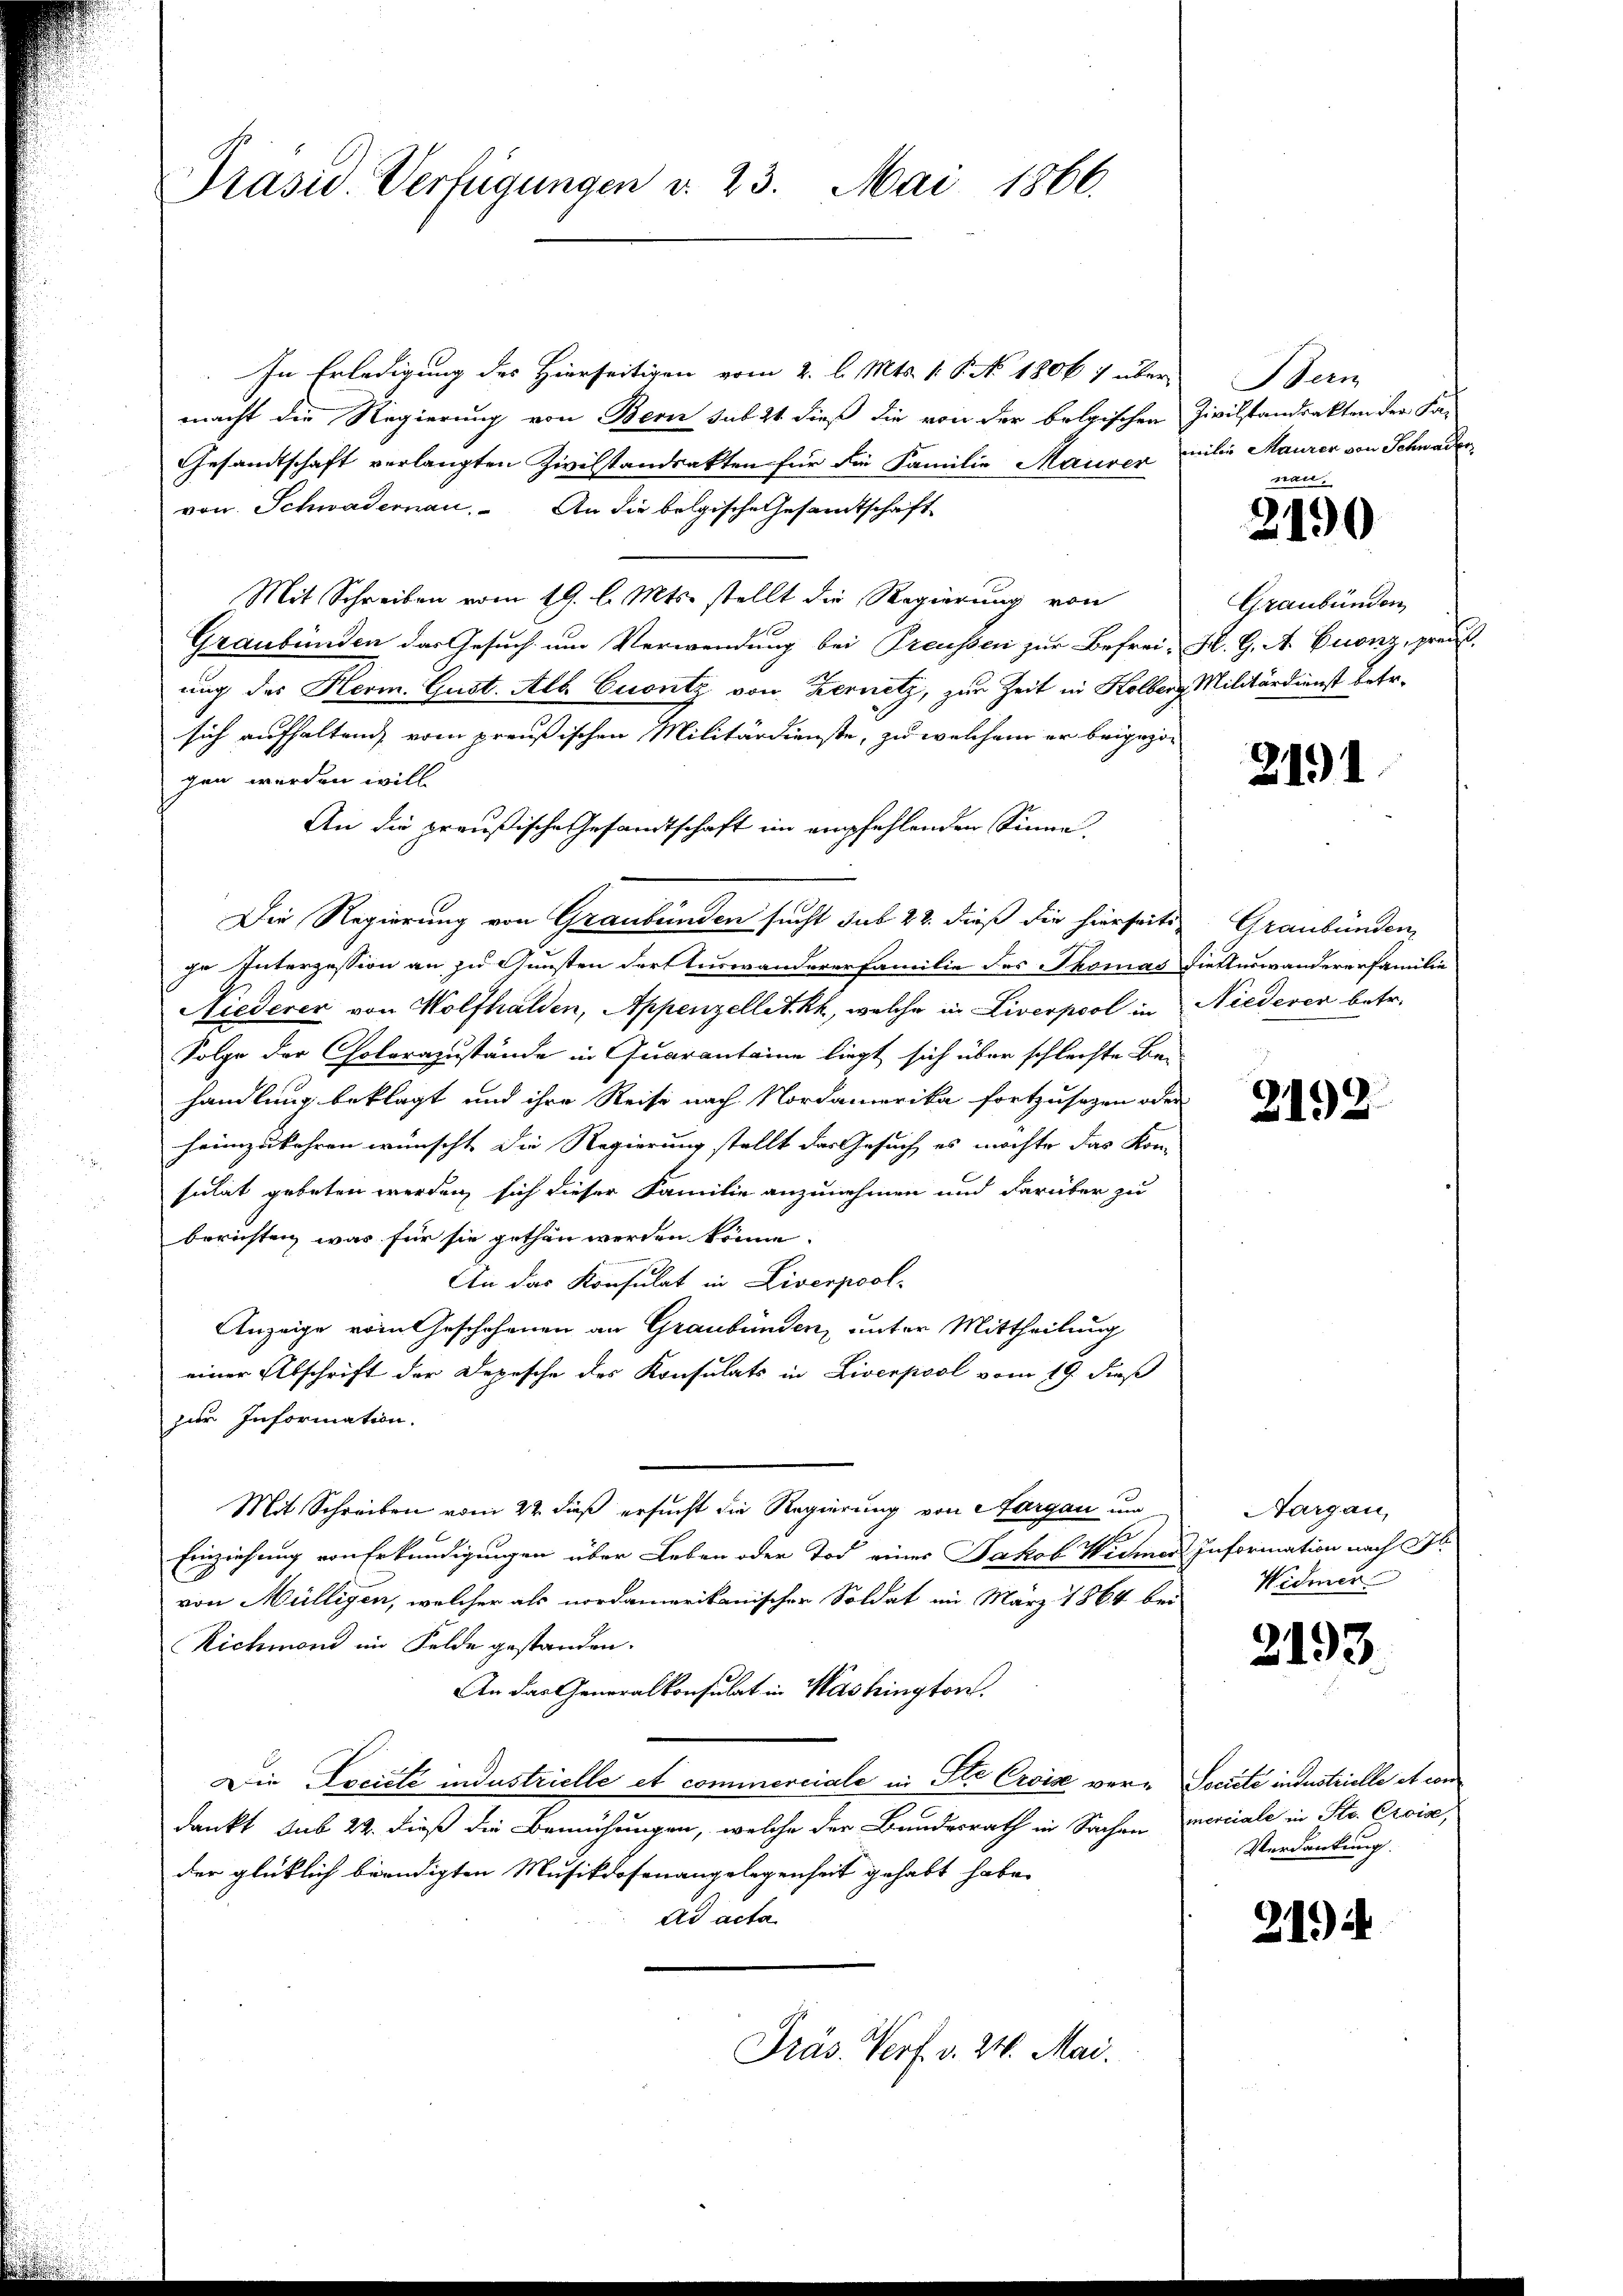
Präsid. Verfügungen d. 23. Mai 1866.

In Erledigung des Hierseitigen vom 2. l. Mts. v. P. No. 1806 1 über
macht die Regierung von Bern sub 21 dieß die von der belgischen Zivilstandrakten der Fa-
Gesandtschaft verlangten Zivilstandsakten für die Familie Maurer milie Maurer von Schwader,
von Schwadernau. An die belgische Gesandtschaft
Mit Schreiben vom 19. l. Mts. stellt die Regierung von
Graubünden das Gesuch um Verwendung bei Preussen zur Befrei-K. G. A. Euonz, preuß.
ung des Herm. Gust. Alb. Cuontz von Kernetz, zur Zeit in Holberg Militärdienst betr.
sich aufhaltung vom preußischen Militärdienste, zu welchem er beigezogen werden will
An die preußische Gesandtschaft im empfehlenden Sinne.
ge Interzession an zu Gunsten der Auswandererfamilie des Thomas Dietluswandererfamilie
Niederer von Wolfhalden, Appenzellet kk, welche in Liverpool in Niederer betr.
Folge der Cholerazustände in Quaranteine liegt sich über schlechte Be-
handlung beklagt und ihre Reise nach Nordamerika fortzusagen oder
heimzukehren wünscht die Regierung stellt das Gesuch es möchte das Kom-
sulat gebeten werden, sich dieser Familie anzunehmen und darüber zu
beristen was für sie gethan werden könne.
An das Konsulat in Liverpool-
Anzeige vom Geschehenen an Graubünden, unter Mittheilung
einer Abschrift der Depesche des Konsulats in Liverpool vom 19. dieß
zur Information.
Mit Schreiben vom 22. dieß ersucht die Regierung von Aargau un
Fa
Einziehung von Erkundigungen über Leben oder Tod eines Jakob Wichner Information nach Al
von Mülligen, welcher als nordamerikanischer Soldat im März 1864 bei
Richmond im Felde gestanden.
An das Generalkonsulat in Washington.
Die Lociété industrielle et commerciale in Ste Croise vere Societe in Instrielle et con
dankt aus 22. dieß die Bemühungen, welche der Bundesrath in Sachen merciale in Str. Croise,
der glücklich beendigten Musikdosenangelegenheit gehabt habe.
Ad acta
Präs. Verf. v. 24. Mai.

Die Regierung von Graubünden sucht sub 22. dieß die hierseits Graubünden

Bein
san

2190

Graubünden

21)

2192

Aargau,
Widmer

2193.

Verdankung.

219 d